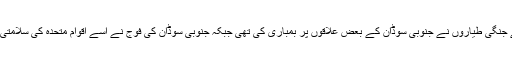
سوڈانی صدر کے اس بیان سے ایک روز ان کے جنگی طیاروں نے جنوبی سوڈان کے بعض علاقوں پر بمباری کی تھی جبکہ جنوبی سوڈان کی فوج نے اسے اقوام متحدہ کی سلامتی کونسل کی قرارداد کی خلاف ورزی قراردیا تھا۔